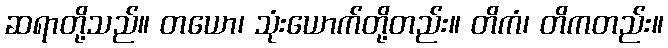
ဆရာတို့သည်။ တယော၊ သုံးယောက်တို့တည်း။ တိကံ၊ တိကတည်း။